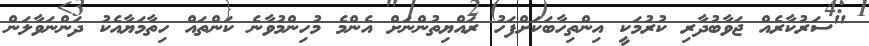
"ސަރުކާރެއް ޖަވާބުދާރި ކުރުމަކީ އިންތިހާބަކަށްފަހު ރައްޔިތުންނަށް އެންމެ މުހިންމުވާނެ ކަންތައް ހިތާމަޔާއެކު ދަންނަވާލަން